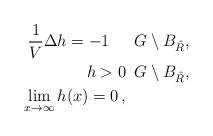
LaTeX: \begin{align*}\begin{aligned}\frac{1}{V}\Delta h=-1 \quad& \,\,\, G\setminus B_{\hat R},\\h>0&\,\,\,G\setminus B_{\hat R}, \\ \lim_{x\to\infty}h(x)=0\,,&\end{aligned}\end{align*}